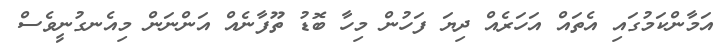
އަމާންކަމުގައި އެތައް އަހަރެއް ދިޔަ ފަހުން މިހާ ބޮޑު ތޫފާނެއް އަންނަން މިއެނގުނީވެސް